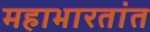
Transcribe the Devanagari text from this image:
महाभारतांत